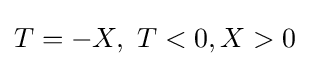
T=-X,\ T<0,X>0